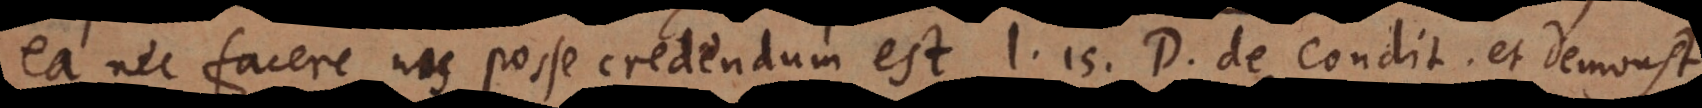
ea nec facere nos posse credendum est, l. 15. D. de condition